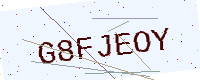
Text: G8FJEOY